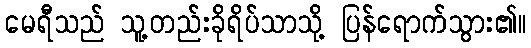
မေရီသည် သူ့တည်းခိုရိပ်သာသို့ ပြန်ရောက်သွား၏။